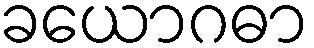
ခယောဂဓာ